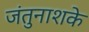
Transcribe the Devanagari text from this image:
जंतुनाशके